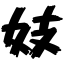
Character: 妓